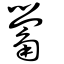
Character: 觷